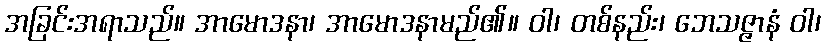
အခြင်းအရာသည်။ အာမောဒနာ၊ အာမောဒနာမည်၏။ ဝါ၊ တစ်နည်း၊ ဘေသဇ္ဇာနံ ဝါ၊